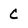
Character: C